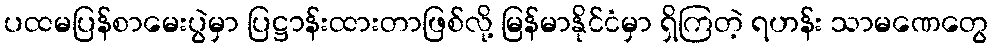
ပထမပြန်စာမေးပွဲမှာ ပြဋ္ဌာန်းထားတာဖြစ်လို့ မြန်မာနိုင်ငံမှာ ရှိကြတဲ့ ရဟန်း သာမဏေတွေ